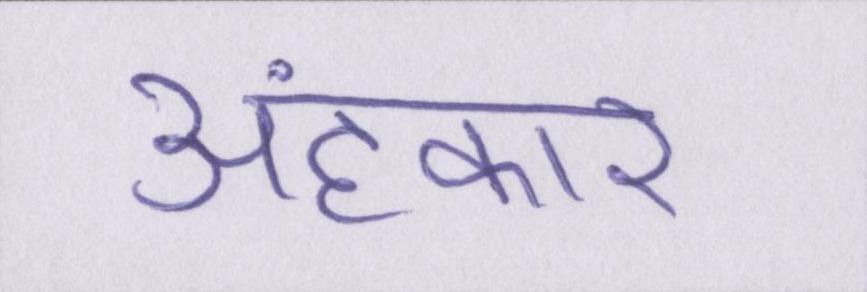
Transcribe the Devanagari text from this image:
अहंकार